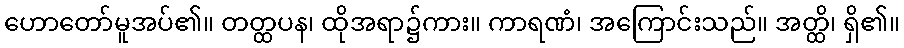
ဟောတော်မူအပ်၏။ တတ္ထပန၊ ထိုအရာ၌ကား။ ကာရဏံ၊ အကြောင်းသည်။ အတ္ထိ၊ ရှိ၏။